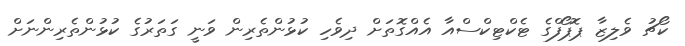
ކޯޗު ވެލިޒާ ޕޮޕޯފްގެ ޓެކްޓިކްސްއާ އެއްގޮތަށް ދިވެހި ކުޅުންތެރިން ވަނީ ގަތަރުގެ ކުޅުންތެރިންނަށް